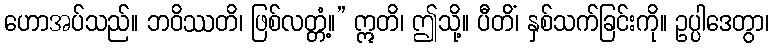
ဟောအပ်သည်။ ဘဝိဿတိ၊ ဖြစ်လတ္တံ့။” ဣတိ၊ ဤသို့။ ပီတိံ၊ နှစ်သက်ခြင်းကို။ ဥပ္ပါဒေတွာ၊